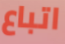
اتباع